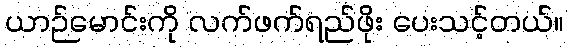
ယာဉ်မောင်းကို လက်ဖက်ရည်ဖိုး ပေးသင့်တယ်။